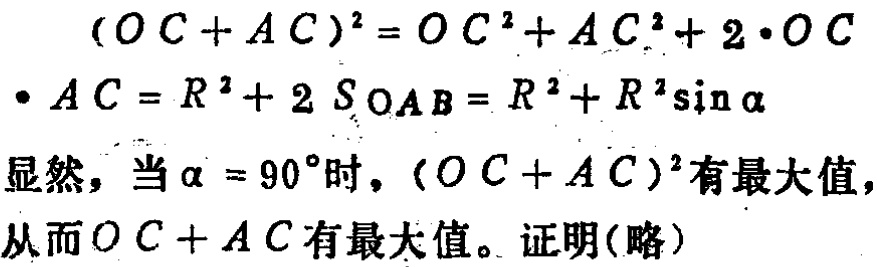
\((OC + AC)^2 = OC^2 + AC^2 + 2\cdot OC\)
\(\cdot AC = R^2 + 2S_{OAB} = R^2 + R^2\sin\alpha\)
显然，当\(\alpha = 90^{\circ}\)时，\((OC + AC)^2\)有最大值，
从而\(OC + AC\)有最大值。证明(略)